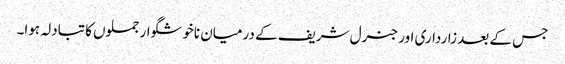
جس کے بعد زارداری اور جنرل شریف کے درمیان ناخوشگوار جملوں کا تبادلہ ہوا۔